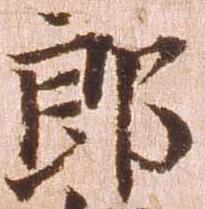
郎